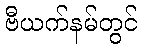
ဗီယက်နမ်တွင်